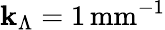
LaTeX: \mathbf{k}_{\Lambda}=1\, \mathrm{{mm^{-1}}}